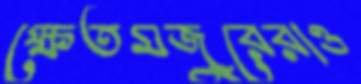
ক্ষেতমজুরেরাও